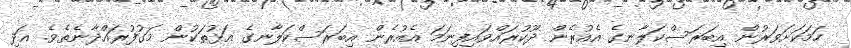
ހަމަކަށަވަރުން އިބަރަސްކަލާނގެ އެއުރެން ދޫކުރައްވައިފިނަމަ އެއުރެން އިބަރަސްކަލާނގެ އަޅުތަކުން މަގުފުރައްދާނެތެވެ. އަދި